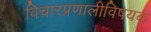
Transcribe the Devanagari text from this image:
विचारप्रणालीविषयक